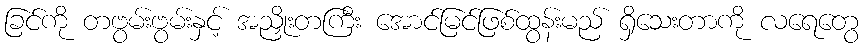
ခြင်ကို တဗွမ်းဗွမ်းနှင့် အညှိုးတကြီး အောင်မြင်ဖြစ်ထွန်းမည် ရှိသေးတာကို လရေတွေ